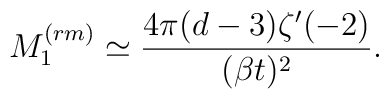
M_1^{(rm)} \simeq \frac{4\pi (d-3) \zeta' (-2)}{(\beta t)^2}.